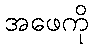
အဖေကို